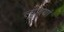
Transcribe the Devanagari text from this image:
लूणियां